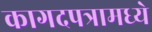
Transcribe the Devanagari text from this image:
कागदपत्रामध्ये